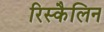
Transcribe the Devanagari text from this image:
रिस्कैलिन